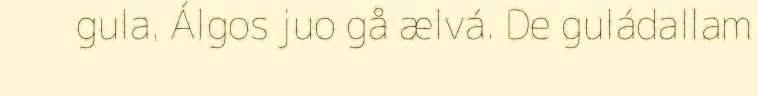
gula. Álgos juo gå ælvá. De guládallam